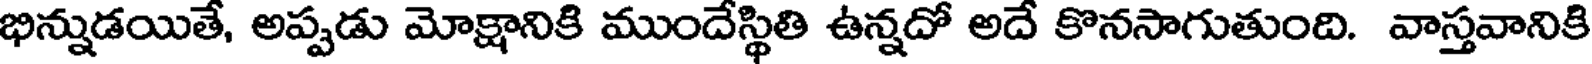
భిన్నుడయితే, అప్పడు మోక్షానికి ముందేస్థితి ఉన్నదో అదే కొనసాగుతుంది. వాస్తవానికి